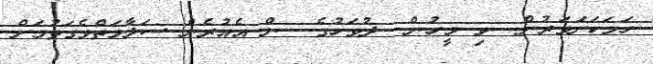
ހަމަކަށަވަރުން  ވި މީހުން  ދުވަހުގެ  ން އެއުރެން ސަލާމަތްވެގަތުމަށް